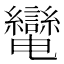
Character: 𦇷